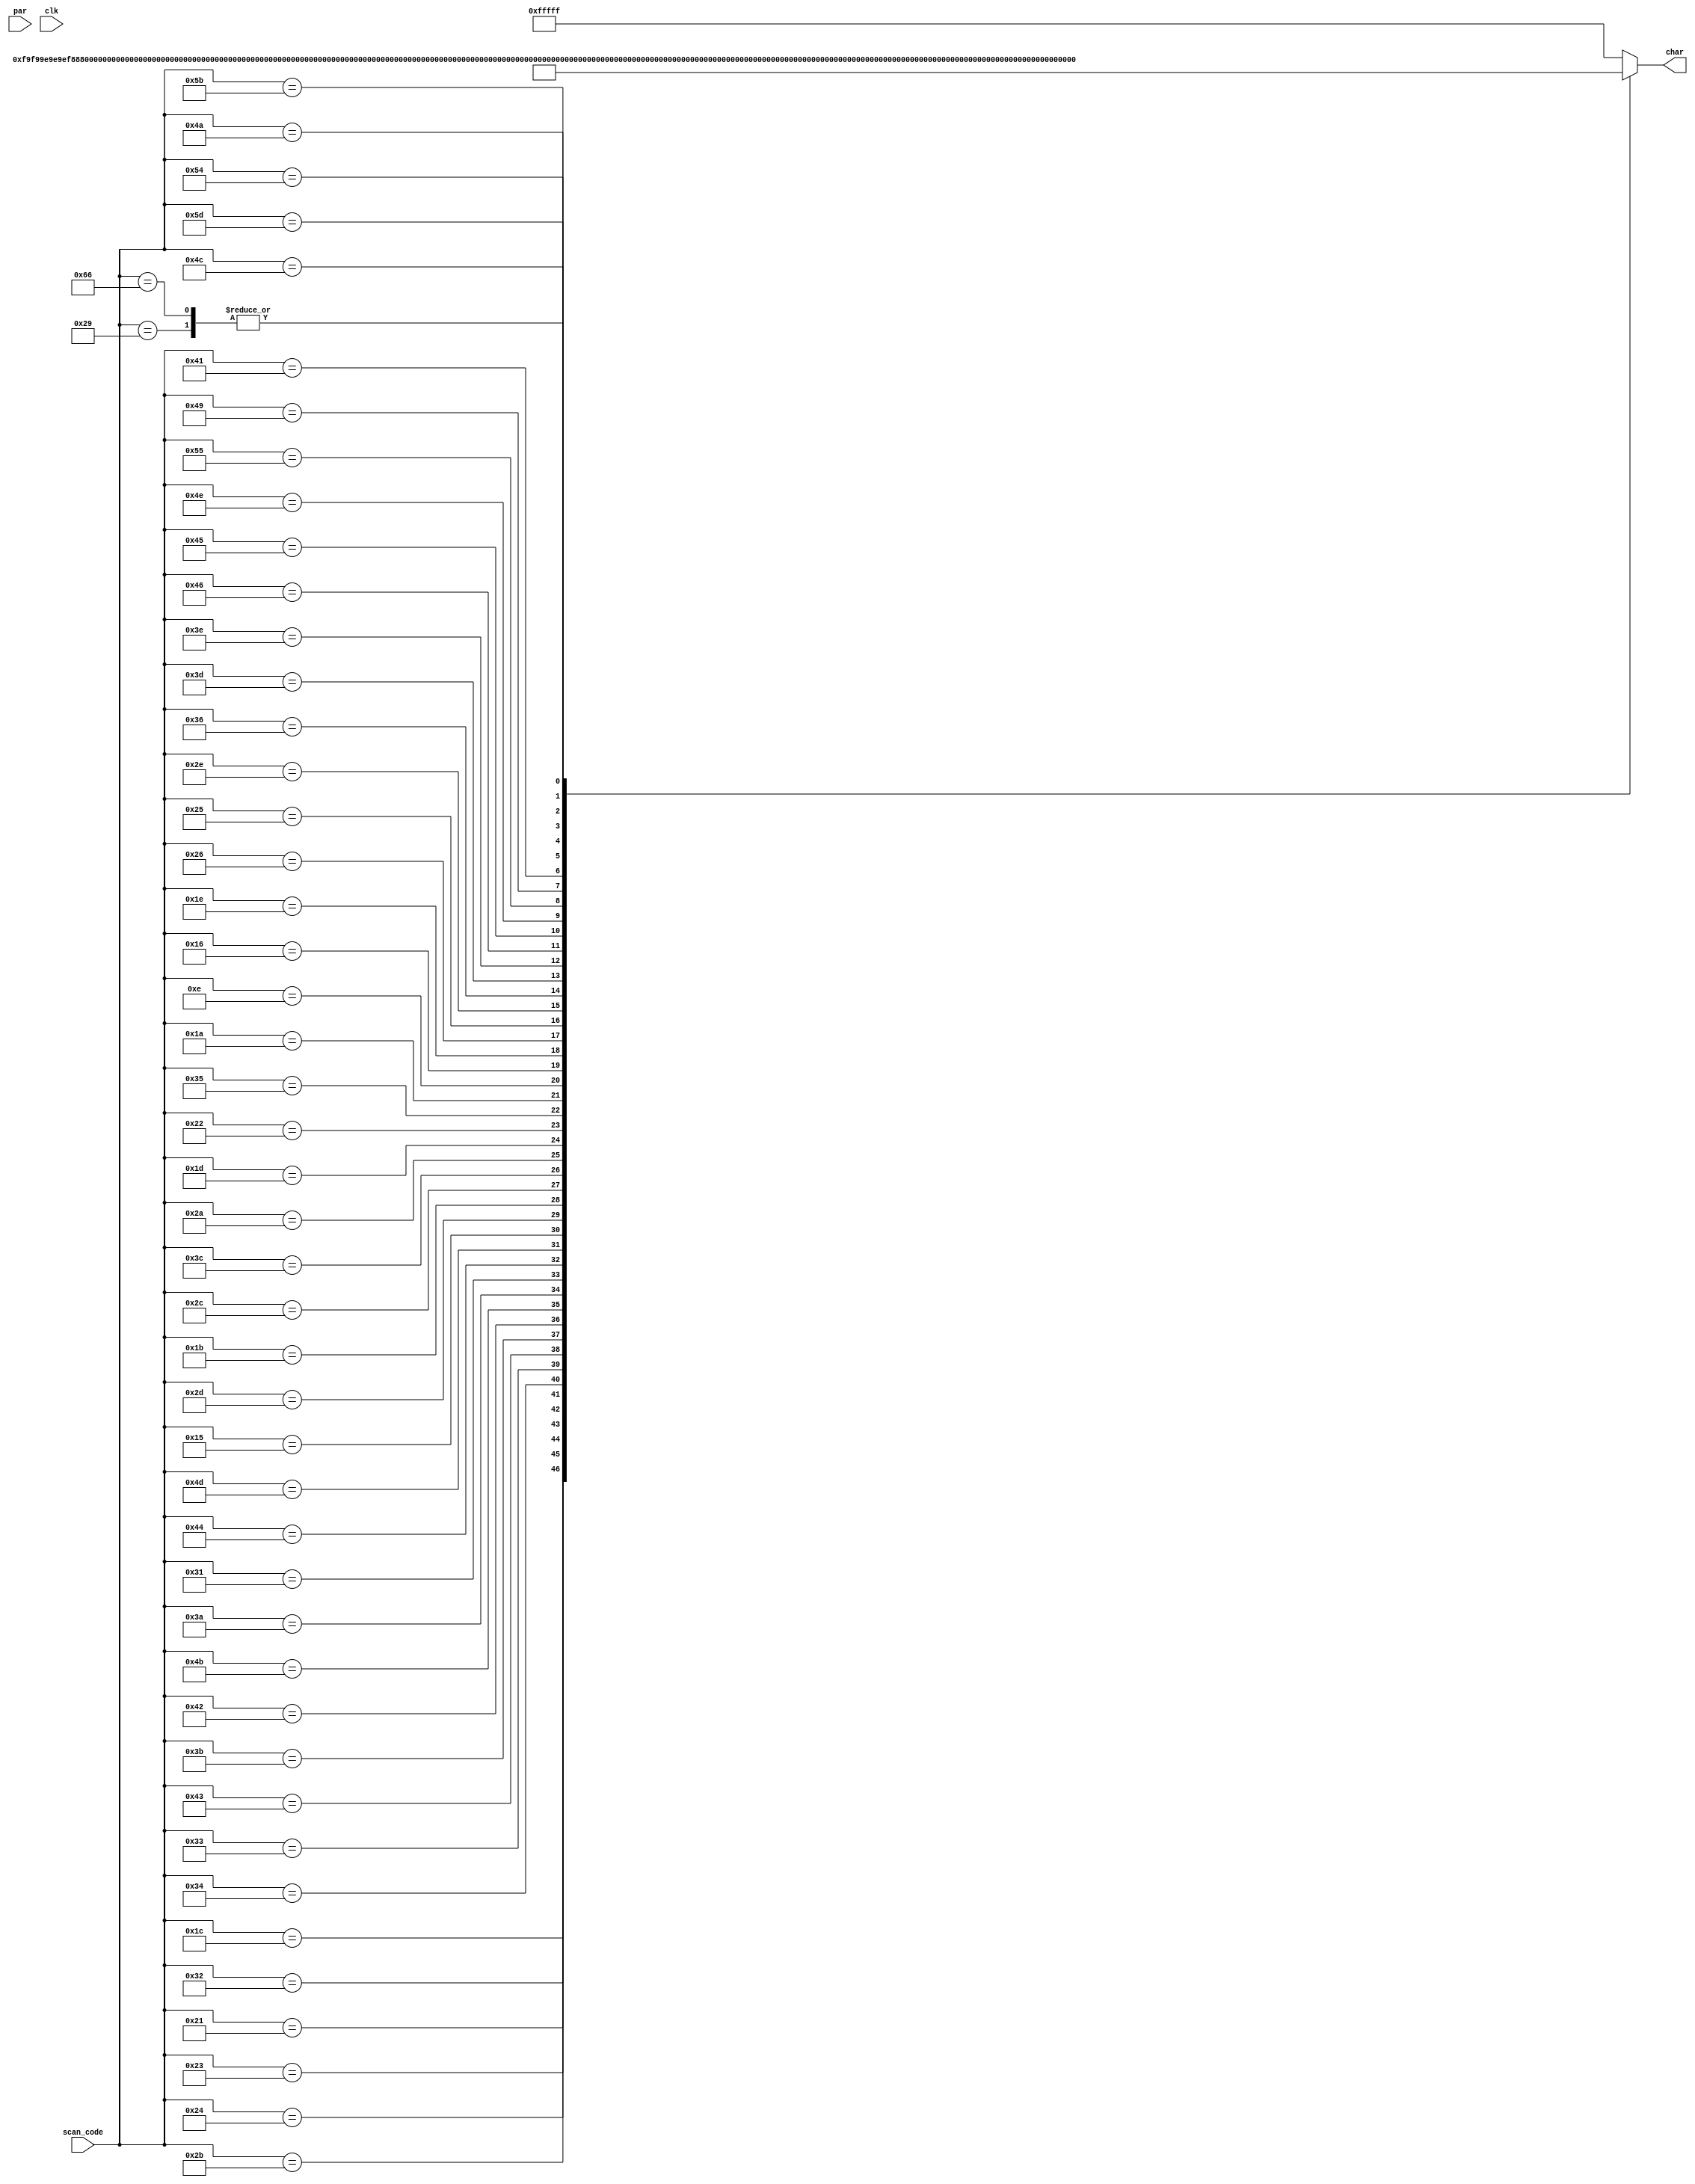
`timescale 1ns / 1ps
//////////////////////////////////////////////////////////////////////////////////
// Company:
// Engineer:
//
// Design Name:
// Module Name: characters
// Project Name:
// Target Devices:
// Tool Versions:
// Description:
//
// Dependencies:
//
// Revision:
// Revision 0.01 - File Created
// Additional Comments:
//
//////////////////////////////////////////////////////////////////////////////////


module characters(
    input [7:0] scan_code,
    input par,
    input clk,
    output reg [19:0] char = 0
);
    reg [19:0] A = 20'hF9F99;
    reg [19:0] B = 20'hE9E9E;
    reg [19:0] C = 20'hF888F;
    reg [19:0] D = 20'hE999E;
    reg [19:0] E = 20'hF8E8F;
    reg [19:0] F = 20'hF8E88;
    reg [19:0] G = 20'hF8B9F;
    reg [19:0] H = 20'h99F99;
    reg [19:0] I = 20'hE444E;
    reg [19:0] J = 20'h1119F;
    reg [19:0] K = 20'h9ACA9;
    reg [19:0] L = 20'h8888F;
    reg [19:0] M = 20'hFF999;
    reg [19:0] N = 20'h9DFB9;
    reg [19:0] O = 20'hF999F;
    reg [19:0] P = 20'hF9F88;
    reg [19:0] Q = 20'h699B7;
    reg [19:0] R = 20'hE9E99;
    reg [19:0] S = 20'hF8F1F;
    reg [19:0] T = 20'hE4444;
    reg [19:0] U = 20'h9999F;
    reg [19:0] V = 20'hAAA44;
    reg [19:0] W = 20'h999FF;
    reg [19:0] X = 20'h96699;
    reg [19:0] Y = 20'h99F44;
    reg [19:0] Z = 20'hF36CF;
    reg [19:0] _tilde = 20'h005A0;
    reg [19:0] _1 = 20'hC444E;
    reg [19:0] _2 = 20'hE1F8F;
    reg [19:0] _3 = 20'hF1F1F;
    reg [19:0] _4 = 20'h99F11;
    reg [19:0] _5 = 20'hF8F1E;
    reg [19:0] _6 = 20'hF8F9F;
    reg [19:0] _7 = 20'hF1111;
    reg [19:0] _8 = 20'hF9F9F;
    reg [19:0] _9 = 20'hF9F11;
    reg [19:0] _0 = 20'hFD9BF;
    reg [19:0] _dash = 20'h00700;
    reg [19:0] _plus = 20'h02720;
    reg [19:0] _space = 20'h00000;
    reg [19:0] _period = 20'h00066;
    reg [19:0] _comma = 20'h00062;
    reg [19:0] _bracketL = 20'hC888C;
    reg [19:0] _bracketR = 20'h31113;
    reg [19:0] _slashF = 20'h136C8;
    reg [19:0] _slashB = 20'h8C631;
    reg [19:0] _semicolon = 20'h66062;
    reg [19:0] _colon = 20'h66066;
    reg [19:0] _backspace = 0;
    reg [19:0] INVALID = 20'hFFFFF;


    always @(scan_code) begin
//        if (par == 1) begin
            case (scan_code)
                8'h1C: char <= A;
                8'h32: char <= B;
                8'h21: char <= C;
                8'h23: char <= D;
                8'h24: char <= E;
                8'h2B: char <= F;
                8'h34: char <= G;
                8'h33: char <= H;
                8'h43: char <= I;
                8'h3B: char <= J;
                8'h42: char <= K;
                8'h4B: char <= L;
                8'h3A: char <= M;
                8'h31: char <= N;
                8'h44: char <= O;
                8'h4D: char <= P;
                8'h15: char <= Q;
                8'h2D: char <= R;
                8'h1B: char <= S;
                8'h2C: char <= T;
                8'h3C: char <= U;
                8'h2A: char <= V;
                8'h1D: char <= W;
                8'h22: char <= X;
                8'h35: char <= Y;
                8'h1A: char <= Z;
                8'h0E: char <= _tilde;
                8'h16: char <= _1;
                8'h1E: char <= _2;
                8'h26: char <= _3;
                8'h25: char <= _4;
                8'h2E: char <= _5;
                8'h36: char <= _6;
                8'h3D: char <= _7;
                8'h3E: char <= _8;
                8'h46: char <= _9;
                8'h45: char <= _0;
                8'h4E: char <= _dash;
                8'h55: char <= _plus;
                8'h29: char <= _space;
                8'h49: char <= _period;
                8'h41: char <= _comma;
                8'h54: char <= _bracketL;
                8'h5B: char <= _bracketR;
                8'h4A: char <= _slashF;
                8'h5D: char <= _slashB;
                8'h4C: char <= _colon;
                8'h66: char <= _backspace;
                default: char <= INVALID;
            endcase
//        end

    end
endmodule